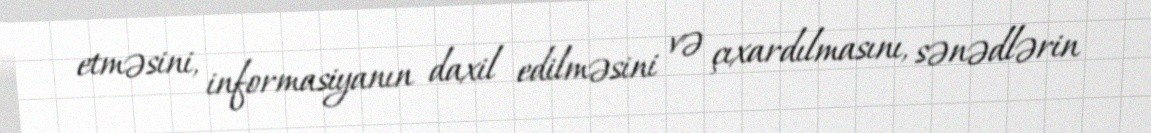
etməsini, informasiyanın daxil edilməsini və çıxardılmasını, sənədlərin